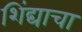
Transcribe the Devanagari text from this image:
शिंद्याचा